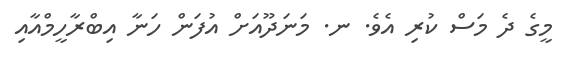
މީގެ ދެ މަސް ކުރި އެވެ. ނ. މަނަދޫއަށް އުފަން ހަނާ އިބްރާހީމްއާއި